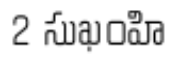
2 సుఖంహి